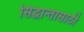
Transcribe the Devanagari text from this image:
सिद्धान्तासाठी